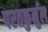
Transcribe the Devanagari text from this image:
परतकुर्नुल